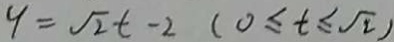
y = \sqrt { 2 } t - 2 ( 0 \leq t \leq \sqrt { 2 } )